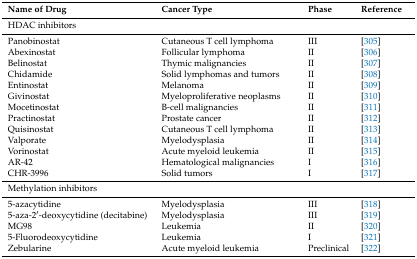
<table><thead><tr><td><b>Name of Drug</b></td><td><b>Cancer Type</b></td><td><b>Phase</b></td><td><b>Reference</b></td></tr></thead><tbody><tr><td colspan="4">HDAC inhibitors</td></tr><tr><td>Panobinostat</td><td>Cutaneous T cell lymphoma</td><td>III</td><td>[305]</td></tr><tr><td>Abexinostat</td><td>Follicular lymphoma</td><td>II</td><td>[306]</td></tr><tr><td>Belinostat</td><td>Thymic malignancies</td><td>II</td><td>[307]</td></tr><tr><td>Chidamide</td><td>Solid lymphomas and tumors</td><td>II</td><td>[308]</td></tr><tr><td>Entinostat</td><td>Melanoma</td><td>II</td><td>[309]</td></tr><tr><td>Givinostat</td><td>Myeloproliferative neoplasms</td><td>II</td><td>[310]</td></tr><tr><td>Mocetinostat</td><td>B-cell malignancies</td><td>II</td><td>[311]</td></tr><tr><td>Practinostat</td><td>Prostate cancer</td><td>II</td><td>[312]</td></tr><tr><td>Quisinostat</td><td>Cutaneous T cell lymphoma</td><td>II</td><td>[313]</td></tr><tr><td>Valporate</td><td>Myelodysplasia</td><td>II</td><td>[314]</td></tr><tr><td>Vorinostat</td><td>Acute myeloid leukemia</td><td>II</td><td>[315]</td></tr><tr><td>AR-42</td><td>Hematological malignancies</td><td>I</td><td>[316]</td></tr><tr><td>CHR-3996</td><td>Solid tumors</td><td>I</td><td>[317]</td></tr><tr><td colspan="4">Methylation inhibitors</td></tr><tr><td>5-azacytidine</td><td>Myelodysplasia</td><td>III</td><td>[318]</td></tr><tr><td>5-aza-2′-deoxycytidine (decitabine)</td><td>Myelodysplasia</td><td>III</td><td>[319]</td></tr><tr><td>MG98</td><td>Leukemia</td><td>II</td><td>[320]</td></tr><tr><td>5-Fluorodeoxycytidine</td><td>Leukemia</td><td>I</td><td>[321]</td></tr><tr><td>Zebularine</td><td>Acute myeloid leukemia</td><td>Preclinical</td><td>[322]</td></tr></tbody></table>